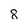
Character: 8